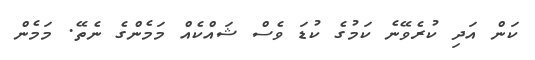
ކަން އަދި ކުރެވޭނެ ކަމުގެ ކުޑަ ވެސް ޝައްކެއް މަމެންގެ ނެތޭ. މަމެން